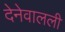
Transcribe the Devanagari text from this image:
देनेवालली